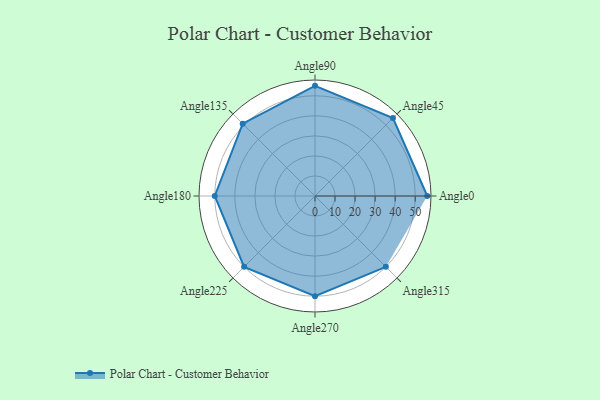
{"axis": {"x": "Angle", "y": "Radius"}, "legend": [""], "data": [{"x": "Angle0", "y": 56.0, "type": ""}, {"x": "Angle45", "y": 55.0, "type": ""}, {"x": "Angle90", "y": 55.0, "type": ""}, {"x": "Angle135", "y": 51.0, "type": ""}, {"x": "Angle180", "y": 50, "type": ""}, {"x": "Angle225", "y": 50, "type": ""}, {"x": "Angle270", "y": 50, "type": ""}, {"x": "Angle315", "y": 50, "type": ""}]}